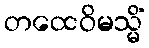
တထေဝိမသ္မိံ